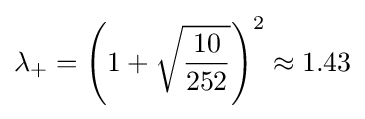
\lambda _{+}=\left(1+{\sqrt {\frac {10}{252}}}\right)^{2}\approx 1.43